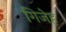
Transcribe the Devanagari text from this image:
गिजेह